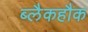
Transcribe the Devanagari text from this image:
ब्लैकहौक